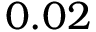
0 . 0 2